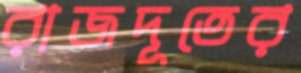
রাজদূতের